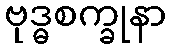
ဗုဒ္ဓစက္ခုနာ